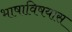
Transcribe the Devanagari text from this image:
भाषाविषयास